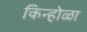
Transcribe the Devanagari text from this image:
किन्होळा